Vaccination North-Western Provinces 1866-1877 - 1866-1877
Year: 1866
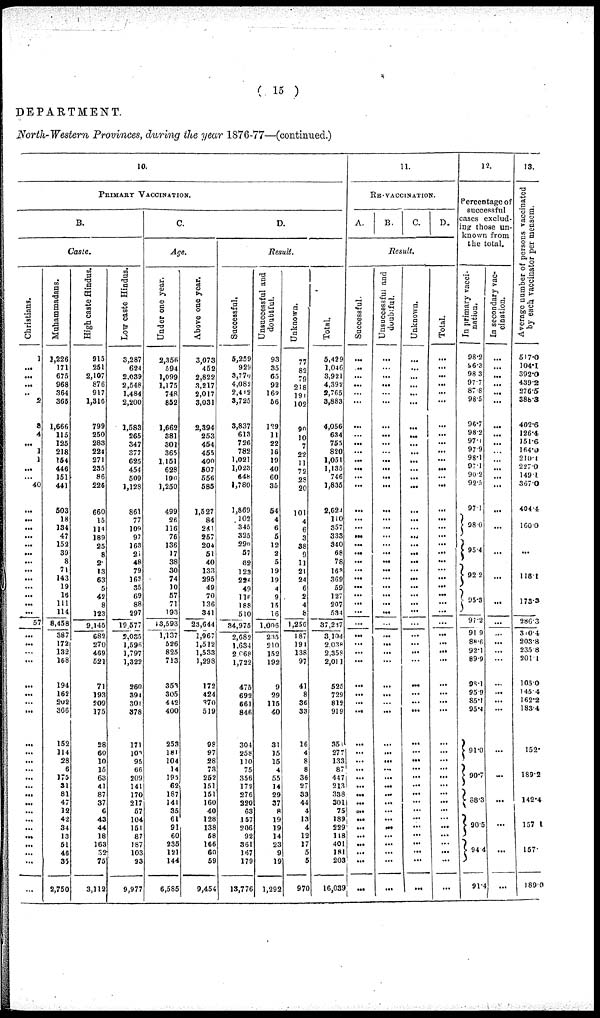
( 15 )
DEPARTMENT.
North-Western Provinces, during the year 1876-77—(continued.)
10.
PRIMARY VACCINATION.
B.
Caste.
Christians.
1
...
...
...
..
2
8
4
...
1
1
...
...
40
...
...
...
...
...
...
...
...
...
...
...
...
...
57
...
...
...
...
...
...
...
...
...
...
...
...
...
...
...
...
...
...
...
...
...
...
Muhammadans.
1,226
171
675
968
364
365
1,666
115
125
218
154
446
151
441
503
18
134
47
152
39
8
71
143
19
16
111
114
8,458
387
172
132
168
194
162
202
366
152
114
28
6
175
31
81
47
12
42
34
13
51
46
35
2,750
High caste Hindus.
915
251
2,107
876
917
1,316
799
250
283
224
271
235
86
226
660
15
114
189
25
8
2
13
63
5
43
8
123
9,145
682
270
469
521
71
193
209
175
28
60
10
15
63
41
87
37
6
43
44
18
163
32
75
3,112
Low caste Hindus.
3,287
624
2,039
2,548
1,484
2,200
1,583
265
347
377
625
454
509
1,128
861
77
109
97
163
21
48
79
163
35
69
88
297
19,577
2,035
l,596
1,797
1,322
260
394
301
378
171
103
95
66
209
141
170
217
57
104
151
87
187
103
93
9,977
C.
Age.
Under one year.
2,356
594
1,099
1,175
748
852
1,662
381
301
365
1,151
628
190
1,250
499
26
116
76
136
17
38
30
74
10
57
71
193
13,593
1,437
526
825
713
353
305
442
400
253
181
104
14
195
62
187
141
35
61
91
60
235
121
144
6,585
Above one year.
3,073
452
2,822
3,217
2,017
3,031
2,394
253
454
455
400
507
556
585
1,527
84
241
257
204
51
40
133
295
49
70
136
341
23,644
1,967
1,512
1,533
1,298
172
424
370
519
98
97
28
73
252
151
151
160
40
128
138
58
166
60
59
9,454
D.
Result.
Successful,
5,259
929
3,776
4,082
2,412
3,725
3,837
613
726
782
1,021
1,023
648
1,780
1,869
102
345
325
290
57
82
123
226
49
116
188
510
34,975
2,682
1,634
2,668
1,722
475
692
661
846
304
258
110
75
356
172
276
220
63
157
206
92
361
167
179
13,776
Unsuccessful and
doubtful.
93
35
65
92
162
56
129
11
22
16
19
40
60
35
54
4
6
5
12
2
5
19
19
4
9
15
16
1,006
235
210
152
192
9
29
115
40
31
15
15
4
55
14
29
37
8
19
19
14
23
9
19
1,292
Unknown.
77
82
79
128
191
102
90
10
7
22
11
72
28
20
101
4
6
3
38
9
11
21
24
6
2
4
8
1,256
187
191
138
97
41
8
36
33
16
4
8
8
36
27
33
44
4
13
4
12
17
5
5
970
Total.
5,429
1,046
3,921
4,392
2,765
3,883
4,056
634
755
820
1,051
1,135
746
1,835
2,024
110
357
333
340
68
78
163
369
59
127
207
534
37,237
3,104
2,038
2,358
2,011
525
729
812
919
351
277
133
87
447
213
338
301
75
189
229
118
401
181
203
16,039
11.
RE-VACCINATION.
A.
B.
C. D.
Result.
Successful.
...
...
...
...
...
...
...
...
...
...
...
...
...
...
...
...
...
...
...
...
...
...
...
...
...
...
...
...
...
...
...
...
...
...
...
...
...
...
...
...
...
...
...
...
...
...
...
...
...
...
...
...
Unsuccessful and
doubtful.
...
...
...
...
...
...
...
...
...
...
...
...
...
...
...
...
...
...
...
...
...
...
...
...
...
...
...
...
...
...
...
...
...
...
...
...
...
...
...
...
...
...
...
...
...
...
...
Unknown.
...
...
...
...
...
...
...
...
...
...
...
...
...
...
...
...
...
...
...
...
...
...
...
...
...
...
...
...
...
...
...
...
...
...
...
...
...
...
...
...
...
...
...
...
...
...
...
...
...
...
...
Total.
...
...
...
...
...
...
...
...
...
...
...
...
...
...
...
...
...
...
...
...
...
...
...
...
...
...
...
...
...
...
...
...
...
...
...
...
...
...
...
...
...
...
...
...
...
...
...
...
...
...
...
...
12.
Percentage of
successful
cases exclud-
ing those un-
known from
the total.
I n primary vacci-
nation.
98.2
96.3
98.3
97.7
87.8
98.5
96.7
98.2
97.1
97.9
98.1
97.1
90.2
92.5
97.1
98.0
95.4
92.2
95.3
97.2
91.9
88.6
92.1
89.9
98.1
95.9
85.1
95.4
91.0
90.7
88.3
90.5
94.4
91.4
In secondary vac-
cination.
...
...
...
...
...
...
...
...
...
...
...
...
...
...
...
...
...
...
...
...
...
...
...
...
...
...
...
...
...
...
...
...
...
...
13.
Average number of persons vaccinated
by each vaccinator per mensem.
517.0
104.1
392.0
439.2
276.5
388.3
402.6
126.4
151.6
164.0
210.1
227.0
149.1
367.0
404.4
160.0
...
118.1
173.3
286.3
310.4
203.8
235.8
201.1
105.0
145.4
162.2
183.4
152.
189.2
142.4
157.1
157.
189.0